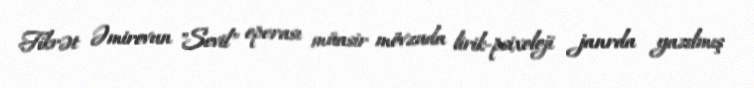
Fikrət Əmirovun "Sevil" operası müasir mövzuda lirik-psixoloji janrda yazılmış